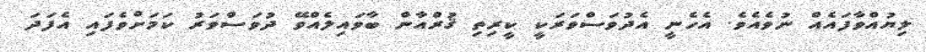
ލިޔުއްވާފައެއް ނުވެއެވެ. އެހެނީ އެދުވަސްވަރަކީ ކީރިތި ޤުރްއާން ބާވައިލެއްވޭ ދުވަސްވަރު ކަމަށްވެފައި އެފަދަ